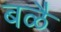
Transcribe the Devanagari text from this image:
बळै